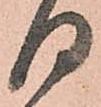
日